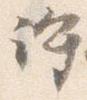
許